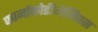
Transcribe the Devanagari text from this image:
फार्माकोडीनेमिक्स